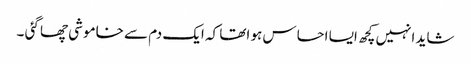
شاید انہیں کچھ ایسا احساس ہو اتھا کہ ایک دم سے خاموشی چھا گئی ۔